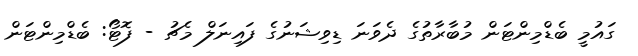
ގައުމީ ބެޑްމިންޓަން މުބާރާތުގެ ދެވަނަ ޑިވިޝަނުގެ ފައިނަލް މެޗު - ފޮޓޯ: ބެޑްމިންޓަން